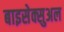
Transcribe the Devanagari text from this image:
बाइसेक्सुअल